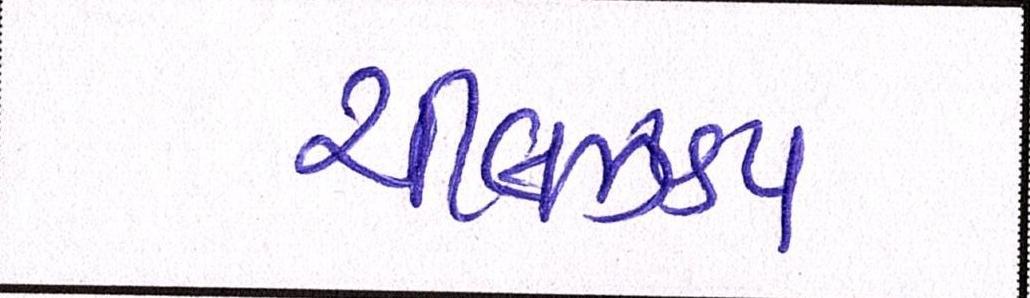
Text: ચીલઝડપ